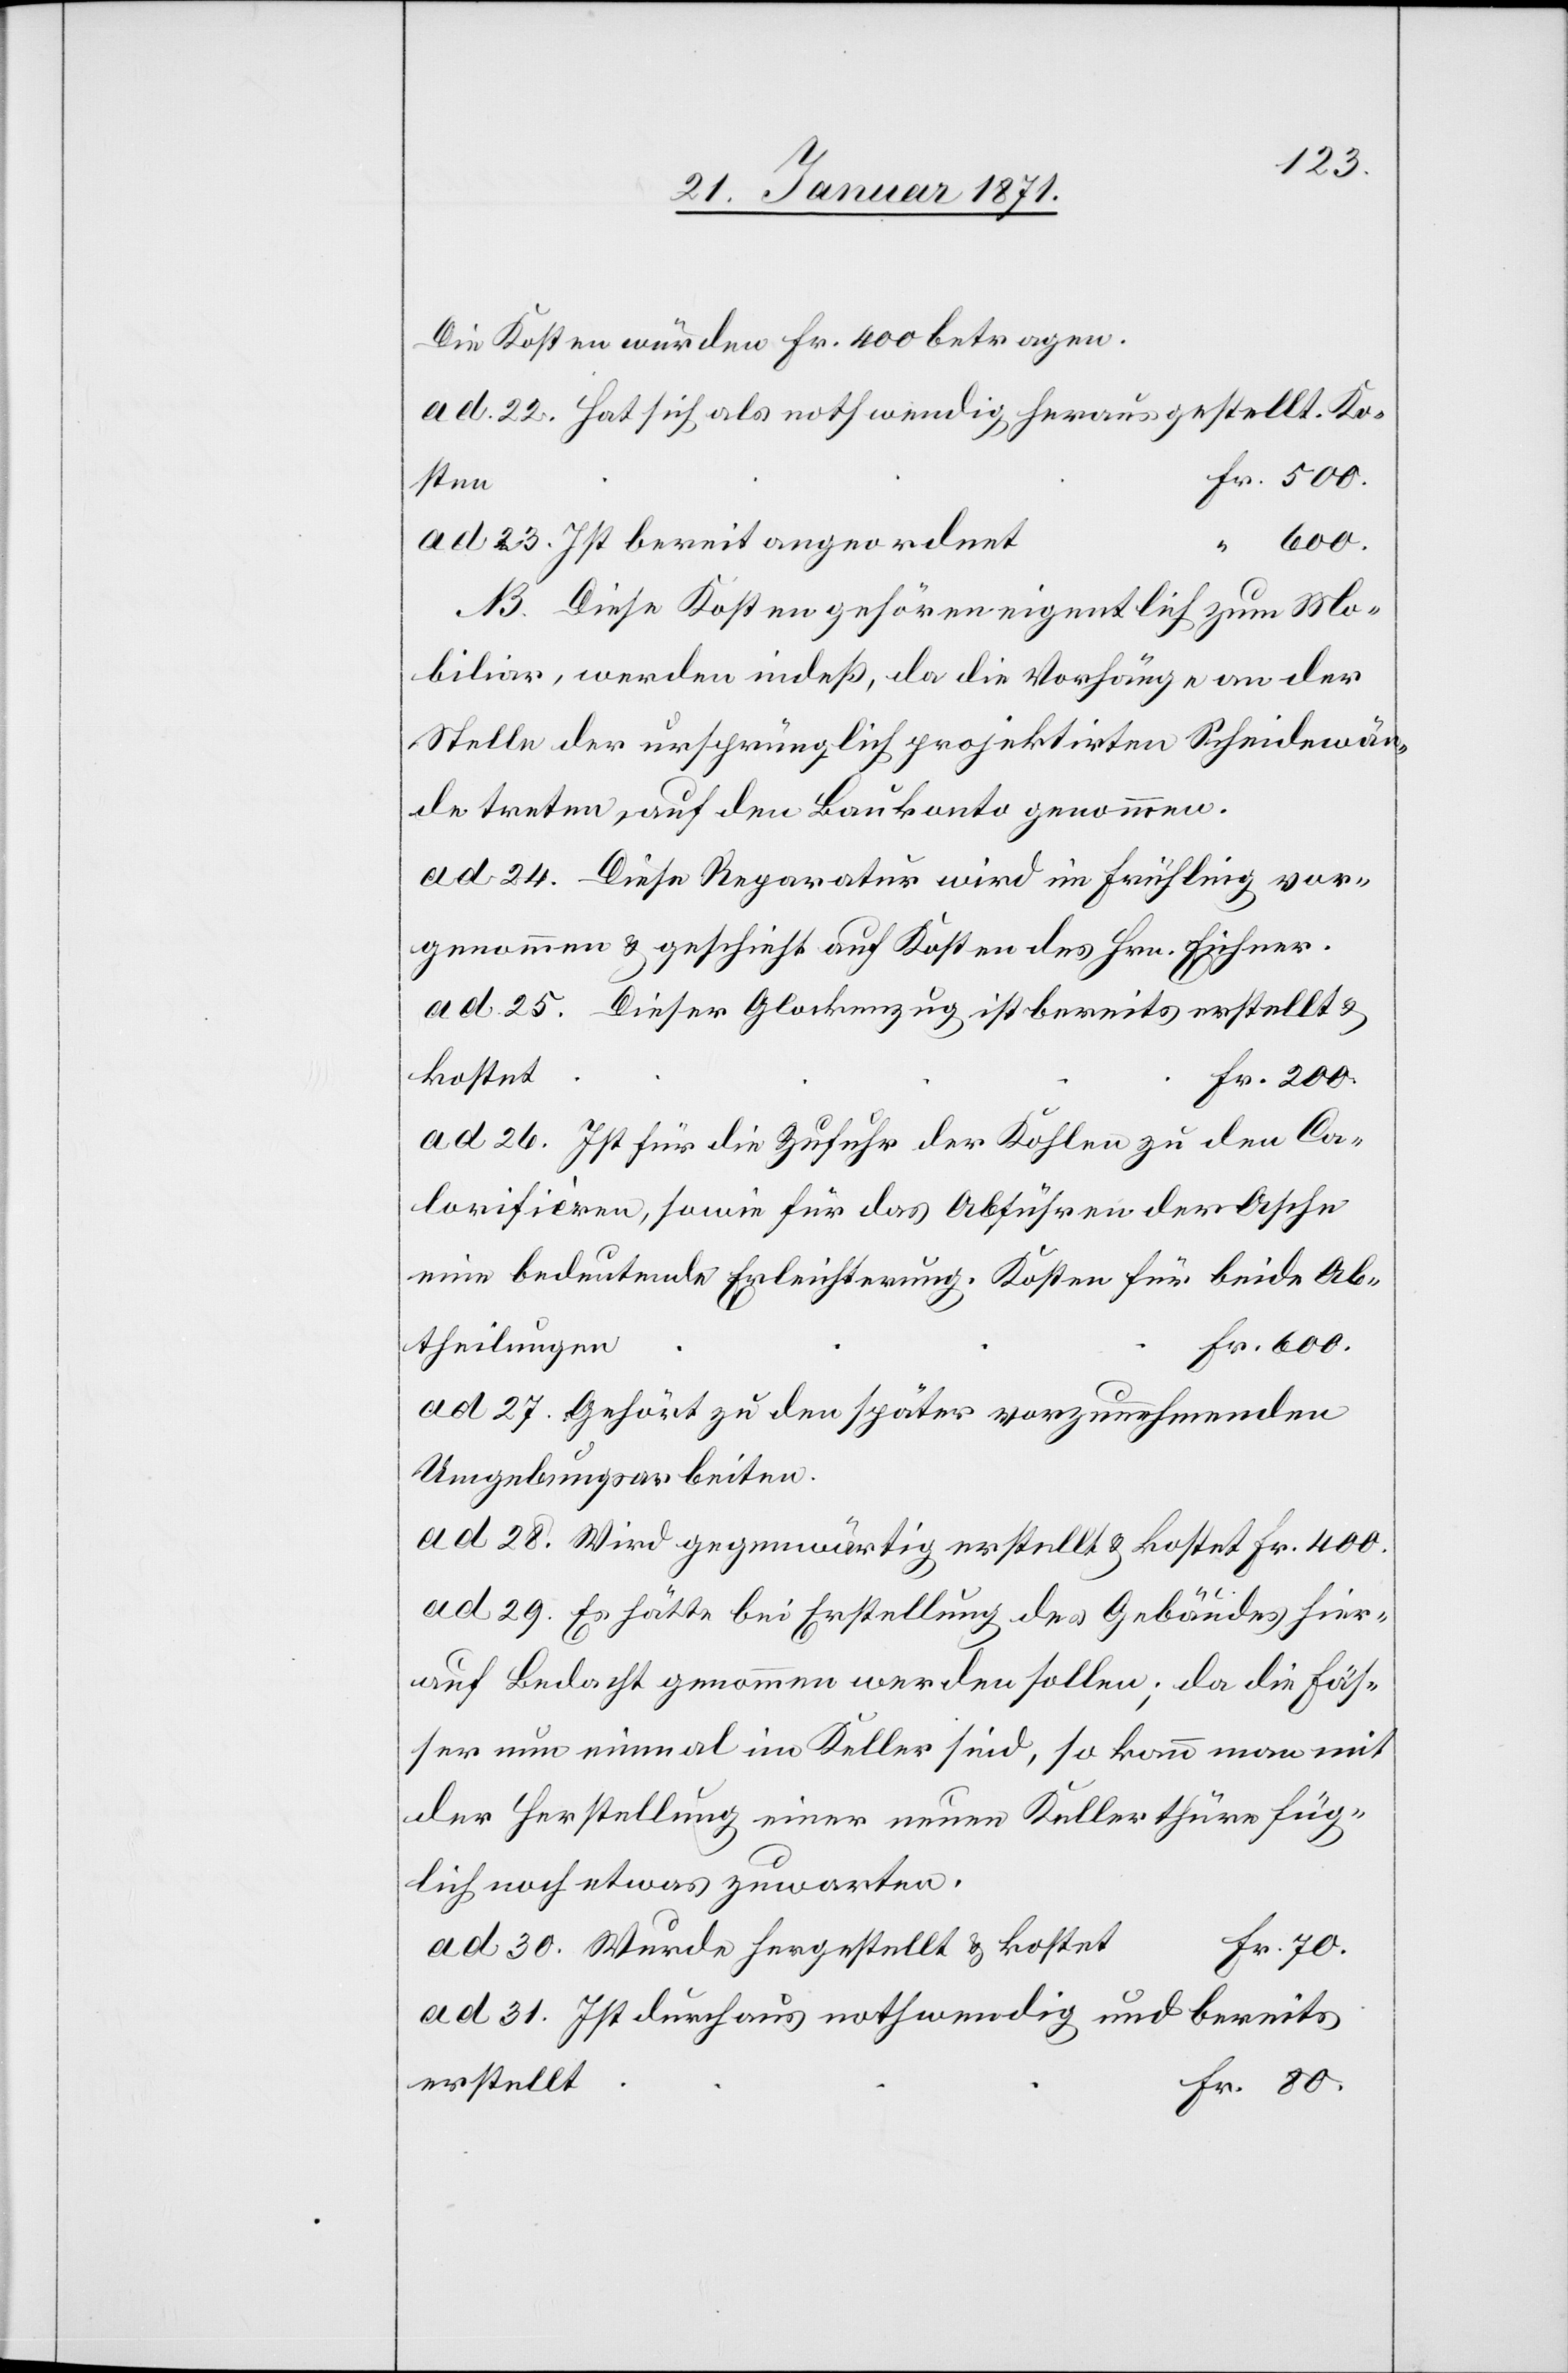
Die Kosten würden Fr. 400 betragen.
ad 22. Hat sich als nothwendig herausgestellt.
ad 23. Ist bereit angeordnet
B. Diese Kosten gehören eigentlich zum Mo¬
biliar, werden indeß, da die Vorhänge an der
Stelle der ursprünglich projektirten Scheidewän¬
de treten, auf den Baukonto genommen.
ad 24. Diese Reparatur wird im Frühling vor¬
genommen u. geschieht auf Kosten des Hrn. Eichner.
ad 25. Dieser Glockenzug ist bereits erstellt u.
kostet
ad 26. Ist für die Zufuhr der Kohlen zu den Ca¬
lorifieren, sowie für das Abführen der Asche
eine bedeutende Erleichterung. Kosten für beide Ab¬
theilunge¬
n		Fr. 600.
ad 27. Gehört zu den später vorzunehmenden
Umgebungsarbeiten.
ad 29. Es hätte bei Erstellung des Gebäudes hier¬
auf Bedacht genommen werden sollen; da die Fäs¬
ser nun einmal im Keller sind, so kann man mit
der Herstellung einer neuen Kellerthüre füg¬
lich noch etwas zuwarten.
ad 30. Wurde hergestellt u. kostet
70.
ad 31. Ist durchaus nothwendig und bereits
erstellt